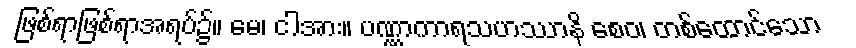
ဖြစ်ရာဖြစ်ရာအရပ်၌။ မေ၊ ငါအား။ ပဏ္ဏာကာရသဟဿာနိ စေဝ၊ တစ်ထောင်သော